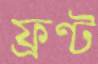
ফ্রণ্ট